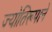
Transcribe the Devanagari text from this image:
ज्योतिरूपाने